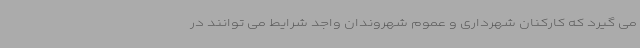
می گیرد که کارکنان شهرداری و عموم شهروندان واجد شرایط می توانند در